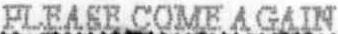
PLEASE COME AGAIN